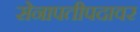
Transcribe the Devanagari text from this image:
सेनापतीपदावर